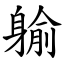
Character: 䠼